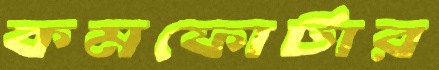
কমফোর্টার